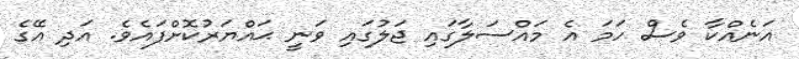
އަނެއްކާ ވެސް ހަމަ އެ މައްސަލާގައި ޖަލުގައި ވަނީ ޙައްޔަރުކޮށްފައެވެ. އަދި އޭގެ